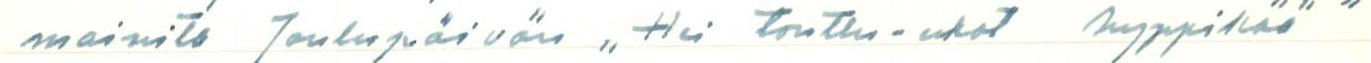
mainita Joulupäivän ,,Hei tonttu-ukot hyppikää"